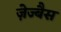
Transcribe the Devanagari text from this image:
ज़ेज्बैस